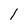
Character: l